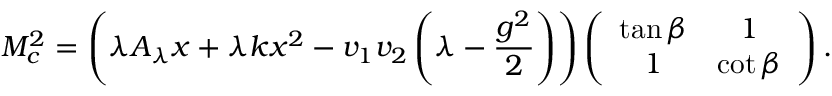
{ \cal M } _ { c } ^ { 2 } = \left( \lambda A _ { \lambda } x + \lambda k x ^ { 2 } - v _ { 1 } v _ { 2 } \left( \lambda - \frac { g ^ { 2 } } { 2 } \right) \right) \left( \begin{array} { c c } { { \tan \beta } } & { { 1 } } \\ { { 1 } } & { { \cot \beta } } \end{array} \right) .